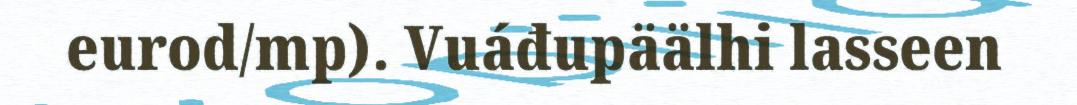
eurod/mp). Vuáđupäälhi lasseen